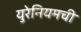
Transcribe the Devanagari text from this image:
युरेनियमची